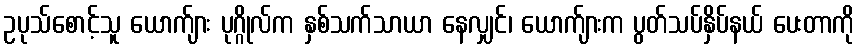
ဥပုသ်စောင့်သူ ယောက်ျား ပုဂ္ဂိုလ်က နှစ်သက်သာယာ နေလျှင်၊ ယောက်ျားက ပွတ်သပ်နှိပ်နယ် ပေးတာကို